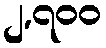
၂,၇၀၀